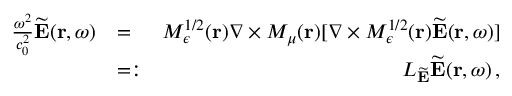
\begin{array} { r l r } { \frac { \omega ^ { 2 } } { c _ { 0 } ^ { 2 } } \widetilde { \bf E } ( { \bf r } , \omega ) } & { = } & { M _ { \epsilon } ^ { 1 / 2 } ( { \bf r } ) \nabla \times M _ { \mu } ( { \bf r } ) [ \nabla \times M _ { \epsilon } ^ { 1 / 2 } ( { \bf r } ) \widetilde { \bf E } ( { \bf r } , \omega ) ] } \\ & { = : } & { { \cal L } _ { \widetilde { \bf E } } \widetilde { \bf E } ( { \bf r } , \omega ) \, , } \end{array}